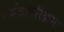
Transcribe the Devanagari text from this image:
नर्मदापरिक्रमा